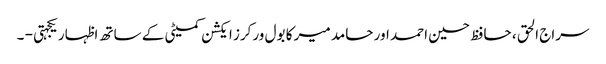
سراج الحق ، حافظ حسین احمد اور حامد میر کا بول ورکرز ایکشن کمیٹی کے ساتھ اظہار یکجہتی - ۔